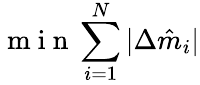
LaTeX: \mathrm{~m~i~n~}\sum_{i=1}^{N}|\Delta\hat{m}_{i}|